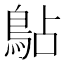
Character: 𫚳